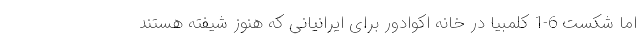
اما شکست 6-1 کلمبیا در خانه اکوادور برای ایرانیانی که هنوز شیفته هستند